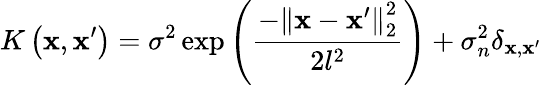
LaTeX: K\left(\mathbf{x},\mathbf{x}^{\prime}\right)=\sigma^{2}\exp\left(\frac{-\left\| \mathbf{x}-\mathbf{x}^{\prime}\right\| _{2}^{2}}{2l^{2}}\right)+\sigma_{n}^{2}\delta_{\mathbf{x},\mathbf{x}^{\prime}}